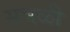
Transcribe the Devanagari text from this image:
सभळी